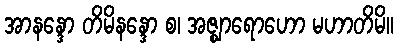
အာနန္ဒော တိမိနန္ဒော စ၊ အဇ္ဈာရောဟော မဟာတိမိ။